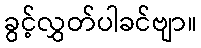
ခွင့်လွှတ်ပါခင်ဗျာ။